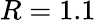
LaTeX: R=1.1